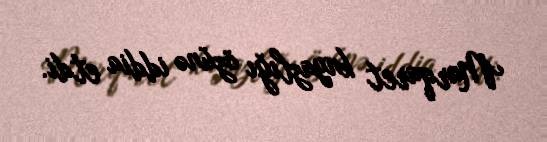
Marqaret knyazlığı özünə iddia etdi.